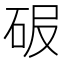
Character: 𥑊